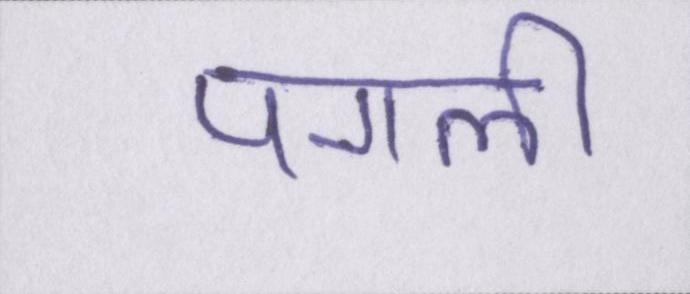
पगली